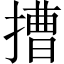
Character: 𢲵